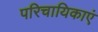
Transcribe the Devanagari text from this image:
परिचायिकाएं